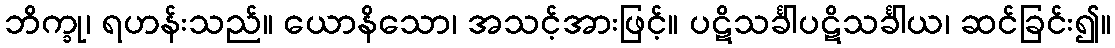
ဘိက္ခု၊ ရဟန်းသည်။ ယောနိသော၊ အသင့်အားဖြင့်။ ပဋိသင်္ခါပဋိသင်္ခါယ၊ ဆင်ခြင်း၍။